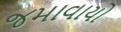
જમાવાયો